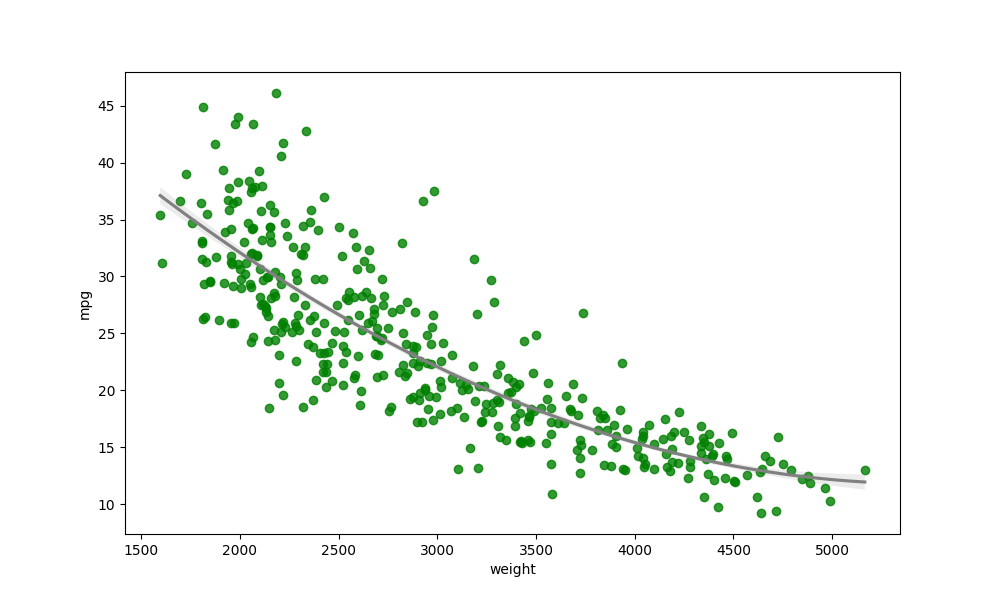
python, seaborn, regplot, order=2, ci=68, scatter_color=green, line_color=gray